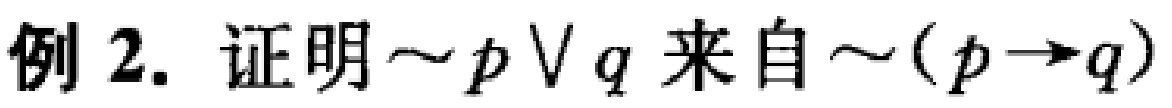
例 2. 证明$\sim p\vee q$来自$\sim(p\rightarrow q)$